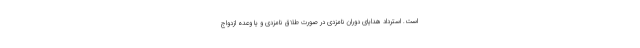
است. استرداد هدایای دوران نامزدی در صورت طلاق نامزدی و یا وعده ازدواج